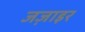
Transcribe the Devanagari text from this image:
जज़ाइर